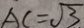
A C = \sqrt { 3 }